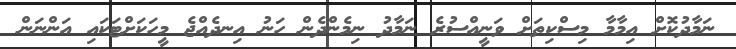
ނަމާދުކޮށް އިމާމާ މިސްކިތަށް ވަނީއްސުރެ ނަމާދު ނިމެންދެން ހަނު އިނދެއްޖެ މީހަކަށްޓަކައި އަންނަން